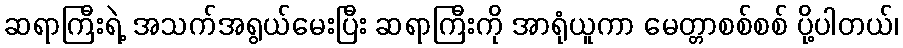
ဆရာကြီးရဲ့ အသက်အရွယ်မေးပြီး ဆရာကြီးကို အာရုံယူကာ မေတ္တာစစ်စစ် ပို့ပါတယ်၊